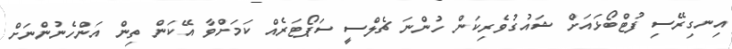
އިނގިރޭސި ފުޓްބޯޅައަށް ޝައުގުވެރިކަން ހުންނަ ޗެލްސީ ސަޕޯޓަރެއް ކަމަށްވާ އޭކަން ތިން އަންހެނުންނަށް